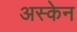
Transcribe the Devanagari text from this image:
अस्केन